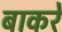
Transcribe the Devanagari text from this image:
बाकरे